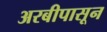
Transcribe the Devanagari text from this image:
अरबीपासून